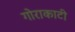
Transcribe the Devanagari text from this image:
गोराकाटी